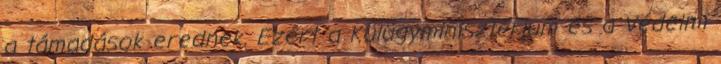
a támadások erednek. Ezért a Külügyminisztérium és a Védelmi